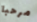
مرحبا